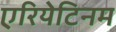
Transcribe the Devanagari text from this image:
एरियेटिनम